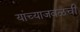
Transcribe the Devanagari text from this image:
यांच्याजवळची